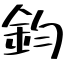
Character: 鈞